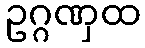
ဥဂ္ဂဏှထ